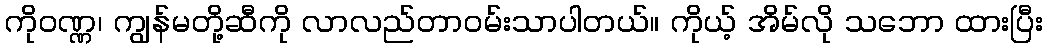
ကိုဝဏ္ဏ၊ ကျွန်မတို့ဆီကို လာလည်တာဝမ်းသာပါတယ်။ ကိုယ့် အိမ်လို သဘော ထားပြီး